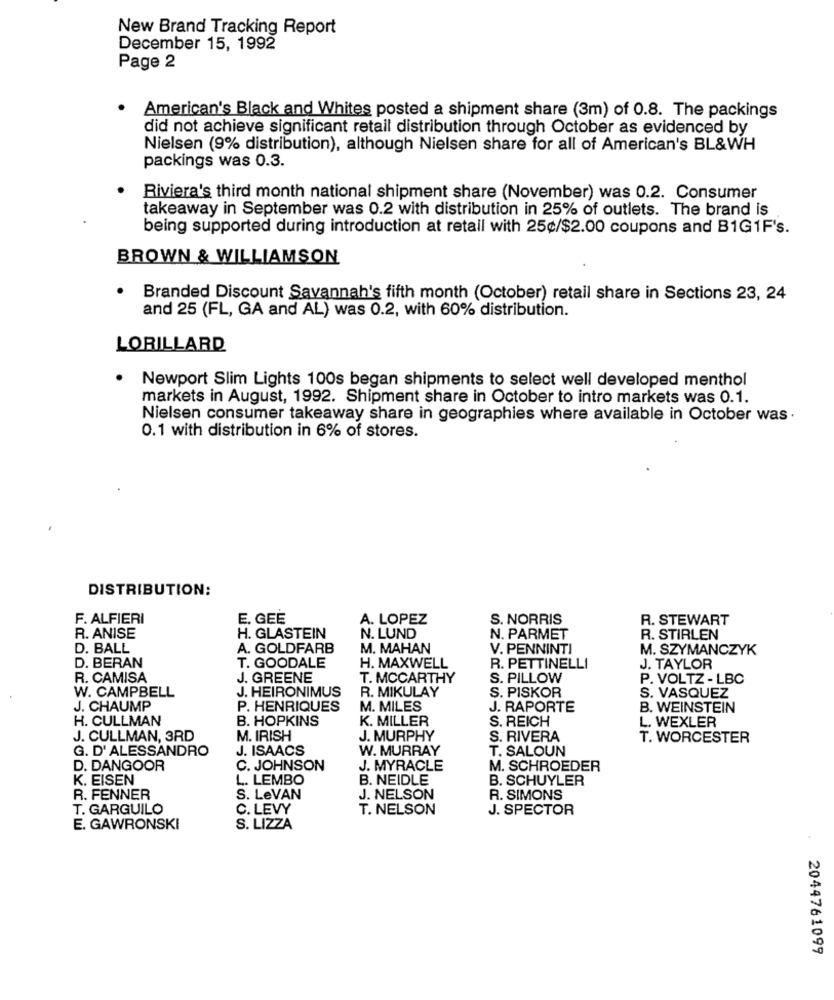
New Brand Tracking Report
December 15, 1992
Page 2
· American's Black and Whites posted a shipment share (3m) of 0.8. The packings
did not achieve significant retail distribution through October as evidenced by
Nielsen (9% distribution), although Nielsen share for all of American's BL&WH
packings was 0.3.
Riviera's third month national shipment share (November) was 0.2. Consumer
takeaway in September was 0.2 with distribution in 25% of outlets. The brand is
being supported during introduction at retail with 25¢/$2.00 coupons and B1G1F's.
BROWN & WILLIAMSON
Branded Discount Savannah's fifth month (October) retail share in Sections 23, 24
and 25 (FL, GA and AL) was 0.2, with 60% distribution.
LORILLARD
Newport Slim Lights 100s began shipments to select well developed menthol
markets in August, 1992. Shipment share in October to intro markets was 0.1.
Nielsen consumer takeaway share in geographies where available in October was .
0.1 with distribution in 6% of stores.
DISTRIBUTION:
F. ALFIERI
E. GEE
A. LOPEZ
S. NORRIS
R. STEWART
R. ANISE
H. GLASTEIN
N. LUND
N. PARMET
R. STIRLEN
D. BALL
A. GOLDFARB
M. MAHAN
V. PENNINTI
M. SZYMANCZYK
D. BERAN
T. GOODALE
H. MAXWELL
R. PETTINELLI
J. TAYLOR
R. CAMISA
J. GREENE
T. MCCARTHY
S. PILLOW
P. VOLTZ - LBC
J. HEIRONIMUS
R. MIKULAY
S. VASQUEZ
W. CAMPBELL
S. PISKOR
J. CHAUMP
P. HENRIQUES
M. MILES
J. RAPORTE
B. WEINSTEIN
H. CULLMAN
B. HOPKINS
K. MILLER
S. REICH
L. WEXLER
J. CULLMAN, 3RD
M. IRISH
J. MURPHY
S. RIVERA
T. WORCESTER
G. D' ALESSANDRO
J. ISAACS
W. MURRAY
T. SALOUN
D. DANGOOR
C. JOHNSON
J. MYRACLE
M. SCHROEDER
K. EISEN
L. LEMBO
B. NEIDLE
B. SCHUYLER
R. FENNER
S. LeVAN
J. NELSON
R. SIMONS
T. GARGUILO
C. LEVY
T. NELSON
J. SPECTOR
E. GAWRONSKI
S. LIZZA
2044761099